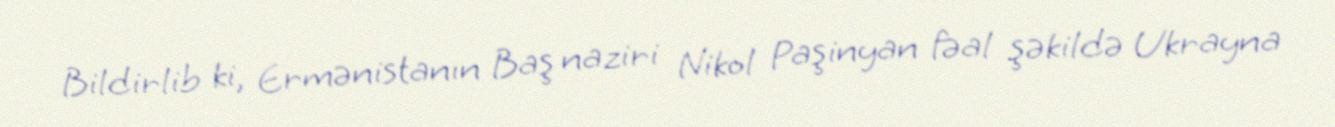
Bildirlib ki, Ermənistanın Baş naziri Nikol Paşinyan fəal şəkildə Ukrayna